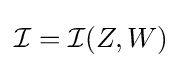
{\mathcal {I}}={\mathcal {I}}(Z,W)